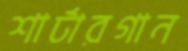
শার্টারগান